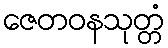
ဇေတဝနသုတ္တံ